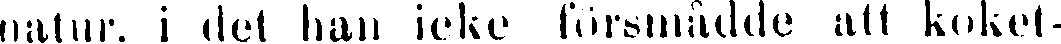
natur, i det han icke försmådde att koket-